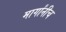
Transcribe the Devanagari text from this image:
मार्गांनीच